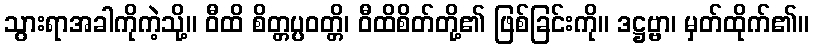
သွားရာအခါကိုကဲ့သို့။ ဝီထိ စိတ္တပ္ပဝတ္တိ၊ ဝီထိစိတ်တို့၏ ဖြစ်ခြင်းကို။ ဒဋ္ဌဗ္ဗာ၊ မှတ်ထိုက်၏။